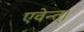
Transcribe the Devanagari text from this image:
एवेन्त्।